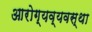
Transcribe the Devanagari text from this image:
आरोग्यव्यवस्था